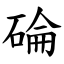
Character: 碖